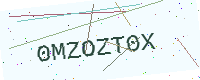
Text: 0MZOZT0X